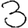
Digit: 3